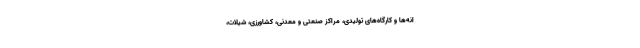
انه‌ها و کارگاه‌های تولیدی، مراکز صنعتی و معدنی، کشاورزی، شیلات،